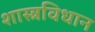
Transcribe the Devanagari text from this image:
शास्त्रविधान